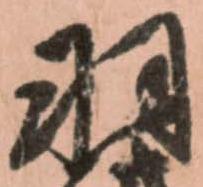
羽